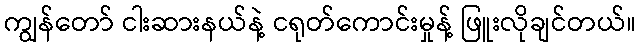
ကျွန်တော် ငါးဆားနယ်နဲ့ ငရုတ်ကောင်းမှုန့် ဖြူးလိုချင်တယ်။